Scientific memoirs by medical officers of the Army of India - Part VII,
Year: 1892
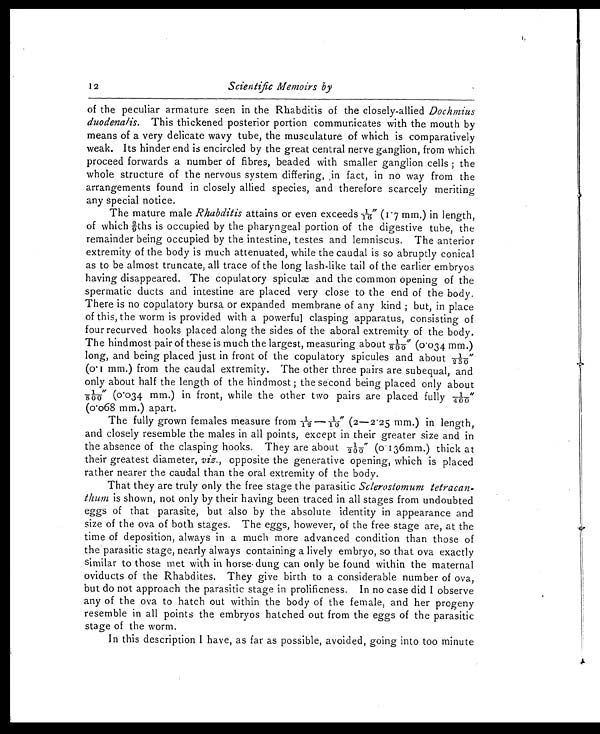
12 Scientific Memoirs by
of the peculiar armature seen in the Rhabditis of the closely-allied Dochmius
duodenalis. This thickened posterior portion communicates with the mouth by
means of a very delicate wavy tube, the musculature of which is comparatively
weak. Its hinder end is encircled by the great central nerve ganglion, from which
proceed forwards a number of fibres, beaded with smaller ganglion cells; the
whole structure of the nervous system differing, ,in fact, in no way from the
arrangements found in closely allied species, and therefore scarcely meriting
any special notice.
The mature male Rhabditis attains or even exceeds 1/16" (1.7 mm,) in length,
o f w h i c h 2 / 9 t h s i s o c c u p i e d b y t h e p h a r y n g e a l p o r t i o n o f t h e d i g e s t i v e t u b e , t h e
remainder being occupied by the intestine, testes and lemniscus. The anterior
extremity of the body is much attenuated, while the caudal is so abruptly conical
as to be almost truncate, all trace of the long lash-like tail of the earlier embryos
having disappeared. The copulatory spiculæ and the common opening of the
spermatic ducts and intestine are placed very close to the end of the body.
There is no copulatory bursa or expanded membrane of any kind ; but, in place
of this, the worm is provided with a powerful clasping apparatus, consisting of
four recurved hooks placed along the sides of the aboral extremity of the body.
The hindmost pair of these is much the largest, measuring about 1/800" (0.034 mm.)
long, and being placed just in front of the copulatory spicules and about 1/250"
(0.1 mm.) from the caudal extremity. The other three pairs are subequal, and
only about half the length of the hindmost; the second being placed only about
1/800" (0.034 mm.) in front, while the other two pairs are placed fully 1/400"
(0.068 mm.) apart.
The fully grown females measure from 1/12—1/10" (2—2.25 mm.) in length,
and closely resemble the males in all points, except in their greater size and in
the absence of the clasping hooks. They are about 1/200" (0.136mm.) thick at
their greatest diameter, viz., opposite the generative opening, which is placed
rather nearer the caudal than the oral extremity of the body.
That they are truly only the free stage the parasitic Sclerostomum tetracan-
thum is shown, not only by their having been traced in all stages from undoubted
eggs of that parasite, but also by the absolute identity in appearance and
size of the ova of both stages. The eggs, however, of the free stage are, at the
time of deposition, always in a much more advanced condition than those of
the parasitic stage, nearly always containing a lively embryo, so that ova exactly
similar to those met with in horse dung can only be found within the maternal
oviducts of the Rhabdites. They give birth to a considerable number of ova,
but do not approach the parasitic stage in prolificness. In no case did I observe
any of the ova to hatch out within the body of the female, and her progeny
resemble in all points the embryos hatched out from the eggs of the parasitic
stage of the worm.
In this description I have, as far as possible, avoided, going into too minute